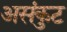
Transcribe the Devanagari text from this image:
असंकुट